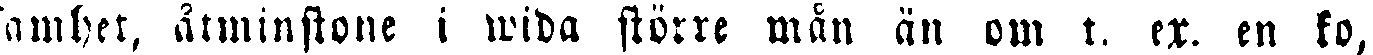
samhet, åtminstone i wida större mån än om t. ex. en ko,